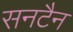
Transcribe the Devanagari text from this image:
सनटैन